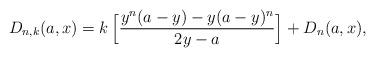
LaTeX: \begin{align*}D_{n,k}(a,x)&=k\,\Big[ \displaystyle\frac{y^n(a-y)-y(a-y)^n}{2y-a}\Big]+D_n(a,x),\end{align*}